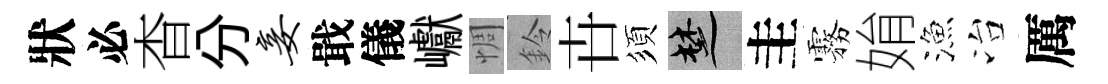
狀必杳分妾戢儀巘惆鈴卋須楚圭霧姢漁冶厲